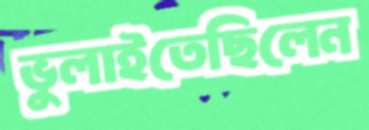
ভুলাইতেছিলেন